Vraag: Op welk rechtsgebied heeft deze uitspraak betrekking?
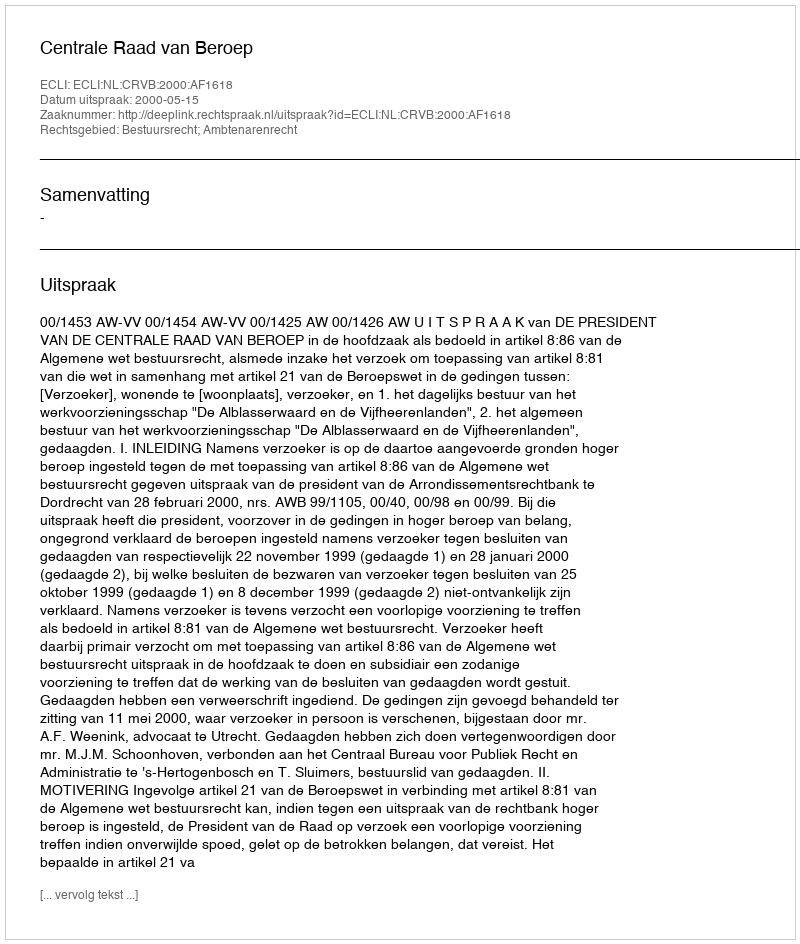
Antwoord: Bestuursrecht; Ambtenarenrecht